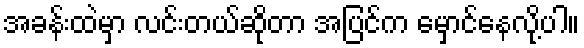
အခန်းထဲမှာ လင်းတယ်ဆိုတာ အပြင်က မှောင်နေလို့ပါ။